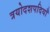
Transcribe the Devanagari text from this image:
त्रयोदशपदियाँ